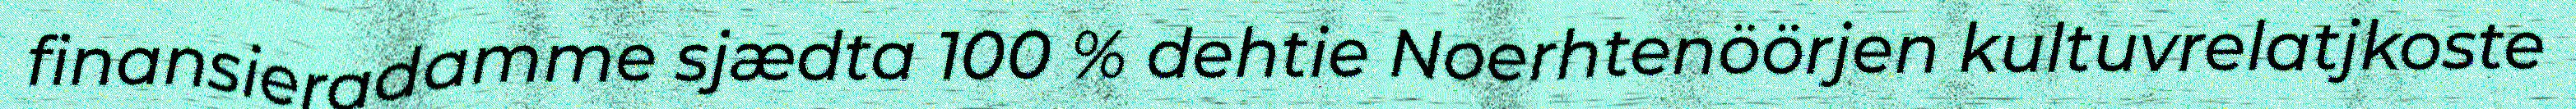
finansieradamme sjædta 100 % dehtie Noerhtenöörjen kultuvrelatjkoste